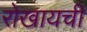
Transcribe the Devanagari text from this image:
रोखायची